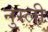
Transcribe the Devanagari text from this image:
नुस्ली